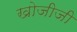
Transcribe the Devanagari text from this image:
खोजीजी